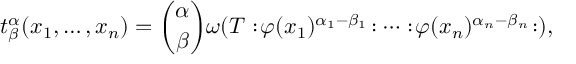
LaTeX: t _ { \beta } ^ { \alpha } ( x _ { 1 } , \ldots , x _ { n } ) = { \binom { \alpha } { \beta } } \omega ( T : \! \varphi ( x _ { 1 } ) ^ { \alpha _ { 1 } - \beta _ { 1 } } \! : \cdots : \! \varphi ( x _ { n } ) ^ { \alpha _ { n } - \beta _ { n } } \! : ) ,